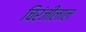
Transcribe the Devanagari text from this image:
चिरंजीलाल